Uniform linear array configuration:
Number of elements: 4
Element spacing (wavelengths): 0.5
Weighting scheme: exponential
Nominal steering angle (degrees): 45
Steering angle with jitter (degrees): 46.168
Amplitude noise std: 0.05
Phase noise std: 0.05

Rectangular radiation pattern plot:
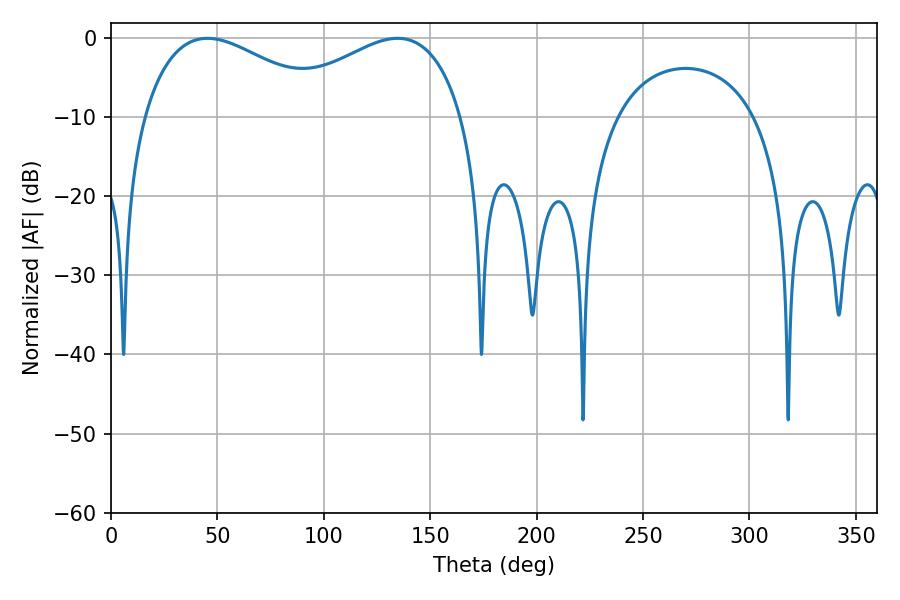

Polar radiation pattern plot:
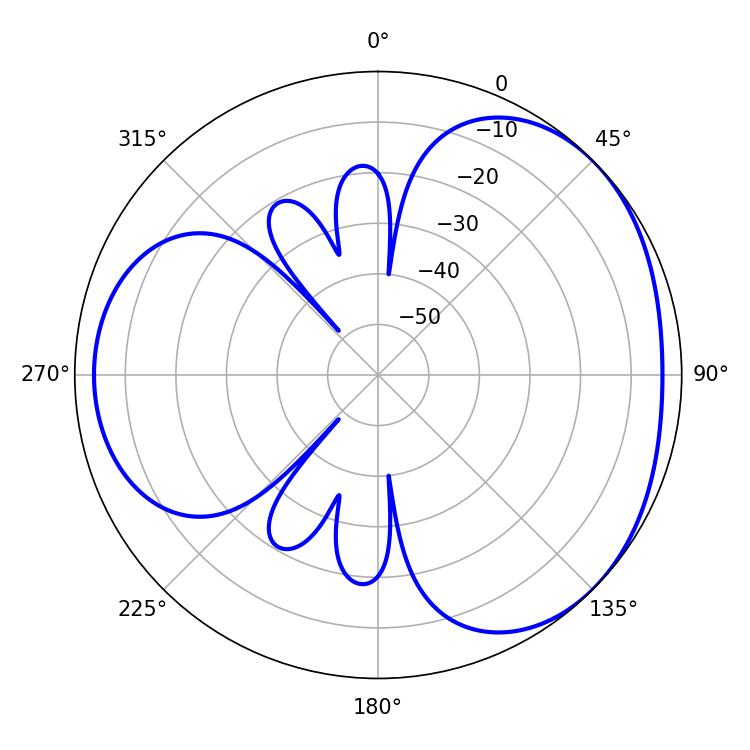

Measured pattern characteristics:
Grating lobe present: FALSE
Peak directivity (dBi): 3.283
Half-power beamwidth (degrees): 48.78
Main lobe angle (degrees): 45.36